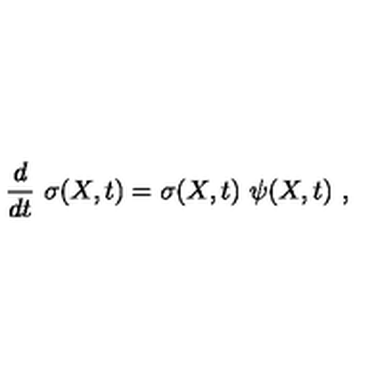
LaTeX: { \frac { d } { d t } } \ \sigma ( X , t ) = \sigma ( X , t ) \ \psi ( X , t ) \ ,